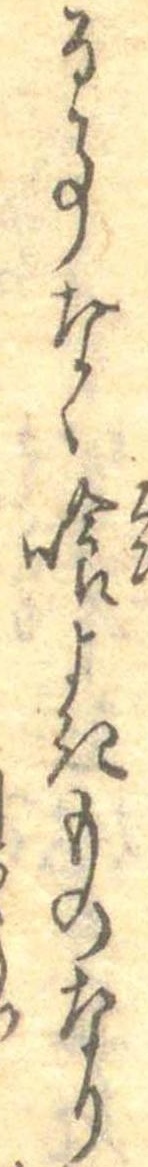
る事なく喰よきものなり